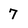
Character: 7